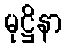
မုဋ္ဌိနာ